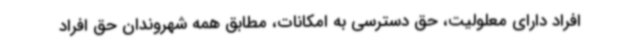
افراد دارای معلولیت، حق دسترسی به امکانات، مطابق همه شهروندان حق افراد